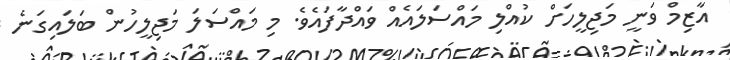
އާޒިމް ވަނީ މަޖިލީހަށް ކުއްލި މައްސަލައެއް ވައްދާފައެވެ. މި މައްސަލަ މަޖިލީހުން ބަލައިގަނެ